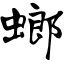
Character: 螂